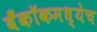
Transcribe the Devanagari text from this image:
बँकॉकमध्येच